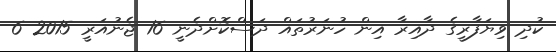
ކުދި ވިޔަފާރީގެ ދާއިރާ އިން ހުނަރުތައް ދަސްކޮށްދެނީ 16 ޖެނުއަރީ 2015 6